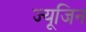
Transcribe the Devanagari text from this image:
ज्यूजिन